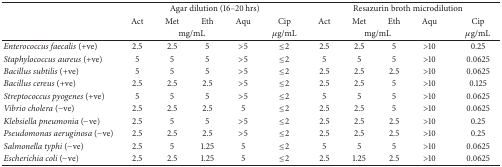
<table><thead><tr><td rowspan="3"><b> </b></td><td colspan="5"><b>Agar dilution (16–20 hrs)</b></td><td colspan="5"><b>Resazurin broth microdilution</b></td></tr><tr><td><b>Act</b></td><td><b>Met</b></td><td><b>Eth</b></td><td><b>Aqu</b></td><td><b>Cip</b></td><td><b>Act</b></td><td><b>Met</b></td><td><b>Eth</b></td><td><b>Aqu</b></td><td><b>Cip</b></td></tr><tr><td colspan="4"><b>mg/mL</b></td><td><b><i>μ</i>g/mL</b></td><td colspan="4"><b>mg/mL</b></td><td><b><i>μ</i>g/mL</b></td></tr></thead><tbody><tr><td><i>Enterococcus faecalis</i> (+ve)</td><td>2.5</td><td>2.5</td><td>5</td><td>&gt;5</td><td>≤2</td><td>2.5</td><td>2.5</td><td>5</td><td>&gt;10</td><td>0.25</td></tr><tr><td><i>Staphylococcus aureus</i> (+ve)</td><td>5</td><td>5</td><td>5</td><td>&gt;5</td><td>≤2</td><td>5</td><td>5</td><td>5</td><td>&gt;10</td><td>0.0625</td></tr><tr><td><i>Bacillus subtilis </i>(+ve)</td><td>5</td><td>5</td><td>5</td><td>&gt;5</td><td>≤2</td><td>2.5</td><td>2.5</td><td>2.5</td><td>&gt;10</td><td>0.0625</td></tr><tr><td><i>Bacillus cereus </i>(+ve)</td><td>2.5</td><td>2.5</td><td>2.5</td><td>&gt;5</td><td>≤2</td><td>2.5</td><td>2.5</td><td>5</td><td>&gt;10</td><td>0.125</td></tr><tr><td><i>Streptococcus pyogenes </i>(+ve)</td><td>5</td><td>5</td><td>5</td><td>&gt;5</td><td>≤2</td><td>5</td><td>5</td><td>5</td><td>&gt;10</td><td>0.0625</td></tr><tr><td><i>Vibrio cholera </i>(−ve)</td><td>2.5</td><td>2.5</td><td>2.5</td><td>5</td><td>≤2</td><td>2.5</td><td>2.5</td><td>5</td><td>&gt;10</td><td>0.0625</td></tr><tr><td><i>Klebsiella pneumonia </i>(−ve)</td><td>2.5</td><td>5</td><td>5</td><td>&gt;5</td><td>≤2</td><td>2.5</td><td>2.5</td><td>2.5</td><td>&gt;10</td><td>0.25</td></tr><tr><td><i>Pseudomonas aeruginosa </i>(−ve)</td><td>2.5</td><td>2.5</td><td>2.5</td><td>&gt;5</td><td>≤2</td><td>2.5</td><td>2.5</td><td>2.5</td><td>&gt;10</td><td>0.25</td></tr><tr><td><i>Salmonella typhi </i>(−ve)</td><td>2.5</td><td>5</td><td>1.25</td><td>5</td><td>≤2</td><td>5</td><td>5</td><td>5</td><td>&gt;10</td><td>0.0625</td></tr><tr><td><i>Escherichia coli </i>(−ve)</td><td>2.5</td><td>2.5</td><td>1.25</td><td>5</td><td>≤2</td><td>2.5</td><td>1.25</td><td>2.5</td><td>&gt;10</td><td>0.0625</td></tr></tbody></table>